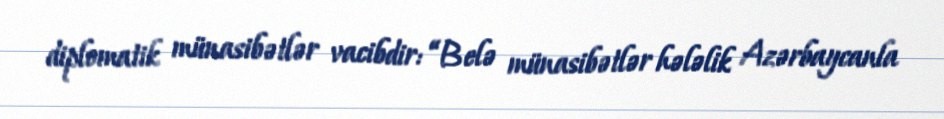
diplomatik münasibətlər vacibdir: “Belə münasibətlər hələlik Azərbaycanla